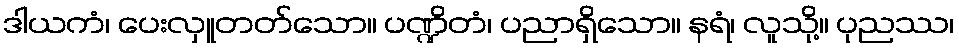
ဒါယကံ၊ ပေးလှူတတ်သော။ ပဏ္ဍိတံ၊ ပညာရှိသော။ နရံ၊ လူသို့။ ပုညဿ၊